Medical and sanitary report of the native army of Bengal for the year
Year: 1876
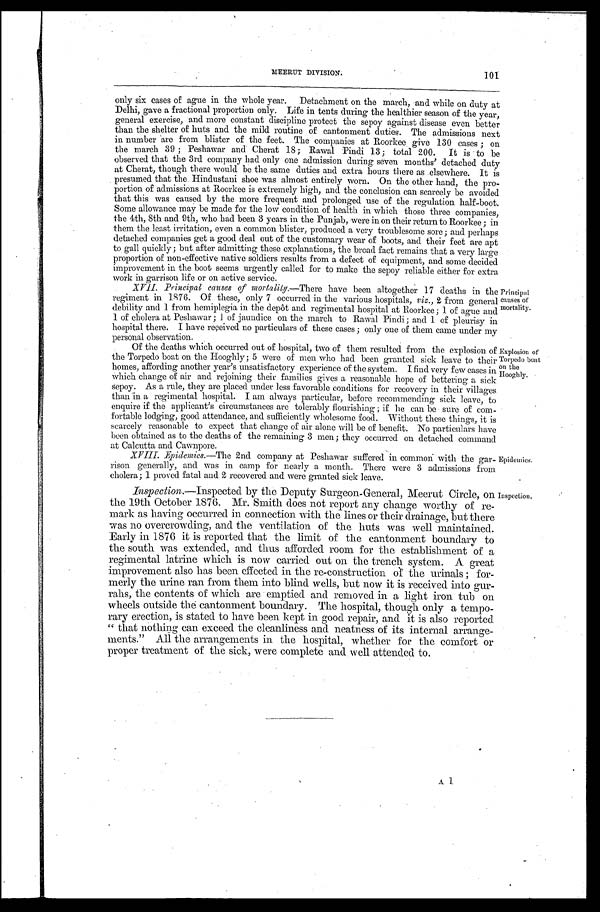
MEERUT DIVISION.
101
only six cases of ague in the whole year. Detachment on the march, and while on duty at
Delhi, gave a fractional proportion only. Life in tents during the healthier season of the year,
general exercise, and more constant discipline protect the sepoy against disease even better
than the shelter of huts and the mild routine of cantonment duties. The admissions next
in number are from blister of the feet. The companies at Roorkee give 130 cases ; on
the march 39 ; Peshawar and Cherat 18; Rawal Pindi 13; total 200. It is to be
observed that the 3rd company had only one admission during seven months' detached duty
at Cherat, though there would be the same duties and extra hours there as elsewhere. It is
presumed that the Hindustani shoe was almost entirely worn. On the other hand, the pro-
portion of admissions at Roorkee is extremely high, and the conclusion can scarcely be avoided
that this was caused by the more frequent and prolonged use of the regulation half-boot.
Some allowance may be made for the low condition of health in which those three companies,
the 4th, 8th and 9th, who had been 3 years in the Punjab, were in on their return to Roorkee ; in
them the least irritation, even a common blister, produced a very troublesome sore; and perhaps
detached companies get a good deal out of the customary wear of boots, and their feet are apt
to gall quickly ; but after admitting these explanations, the broad fact remains that a very large
proportion of non-effective native soldiers results from a defect of equipment, and some decided
improvement in the boot seems urgently called for to make the sepoy reliable either for extra
work in garrison life or on active service.
XVII. Pri nci pal causes of mort al i t y.— T h e r e
h a v e b e e n a l t o g e t h e r 1 7 d e a t h s i n t h e
regiment in 1876. Of these, only 7 occurred in the various hospitals, viz., 2 from general
debility and 1 from hemiplegia in the depôt and regimental hospital at Roorkee ; 1 of ague and
1 of cholera at Peshawar ; 1 of jaundice on the march to Rawal Pindi; and 1 of pleurisy in
hospital there. I have received no particulars of these cases ; only one of them came under my
personal observation.
Principal causes of
mortality.
Of the deaths which occurred out of hospital, two of them resulted from the explosion of
the Torpedo boat on the Hooghly ; 5 were of men who had been granted sick leave to their
homes, affording another year's unsatisfactory experience of the system. I find very few cases in
Which change of air and rejoining their families gives a reasonable hope of bettering a sick
sepoy. As a rule, they are placed under less favorable conditions for recovery in their villages
than in a regimental hospital. I am always particular, before recommending sick leave, to
enquire if the applicant' s circumstances are tolerably flourishing ; if he can be sure of com--
fortable lodging, good attendance, and sufficiently wholesome food. Without these things, it is
scarcely reasonable to expect that change of air alone will be of benefit. No particulars have
been obtained as to the deaths of the remaining 3 men ; they occurred on detached command
at Calcutta and Cawnpore.
XVIII. Epidemics.—The 2nd company at Peshawar suffered in common with the gar-
rison generally, and was in camp for nearly a month. There were 3 admissions from
cholera ; 1 proved fatal and 2 recovered and were granted sick leave.
Inspection.—Inspected by the Deputy Surgeon-General, Meerut Circle, on
the 19th October 1876. Mr. Smith does not report any change worthy of re--
mark as having occurred in connection with the lines or their drainage, but there
was no overcrowding, and the ventilation of the huts was well maintained.
Early in 1876 it is reported that the limit of the cantonment boundary to
the south was extended, and thus afforded room for the establishment of a
regimental latrine which is now carried out on the trench system. A great
improvement also has been effected in the re-construction of the urinals ; for--
merly the urine ran from them into blind wells, but now it is received into
g u r - r a h s , t h e c o n t e n t s o f w h i c h a r e e m p t i e d a n d r e m o v e d i n a l i g h t i r o n t u b o n
wheels outside the cantonment boundary. The hospital, though only a tempo--
rary erection, is stated to have been kept in good repair, and it is also reported
"that nothing can exceed the cleanliness and neatness of its internal arrange--
ments." All the arrangements in the hospital, whether for the comfort or
proper treatment of the sick, were complete and well attended to.
Explosion of
Torpedo boat
on the
Hooghly.
Epidemics.
Inspection.
A